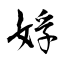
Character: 娐